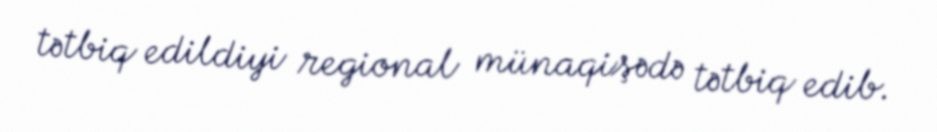
tətbiq edildiyi regional münaqişədə tətbiq edib.